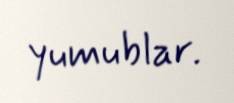
yumublar.